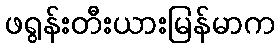
ဖရွန်းတီးယားမြန်မာက